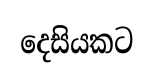
දෙසියකට